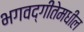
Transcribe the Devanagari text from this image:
भगवद्‍गीतेमधील